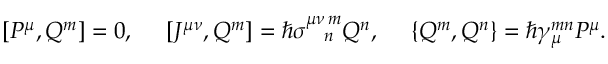
[ P ^ { \mu } , Q ^ { m } ] = 0 , \ \ \ \ [ J ^ { \mu \nu } , Q ^ { m } ] = \hbar \sigma _ { \ \ \, n } ^ { \mu \nu \, m } Q ^ { n } , \ \ \ \ \{ Q ^ { m } , Q ^ { n } \} = \hbar \gamma _ { \mu } ^ { m n } P ^ { \mu } .